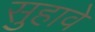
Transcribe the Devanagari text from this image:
सुहावे